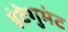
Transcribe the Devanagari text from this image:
इंटेगुमंट